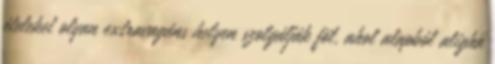
ételeket olyan extravagáns helyen szolgálják föl, ahol alapból aligha